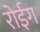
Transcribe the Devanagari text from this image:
रोईग